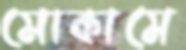
মোকামে